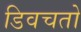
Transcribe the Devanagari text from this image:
डिवचतो